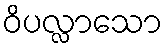
ဝိပလ္လာသော